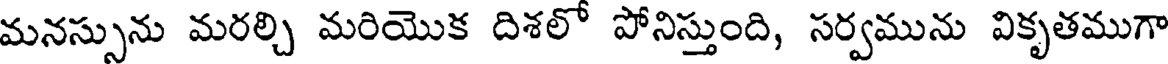
మనస్సును మరల్చి మరియొక దిశలో పోనిస్తుంది, సర్వమును వికృతముగా